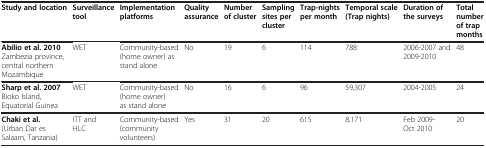
<table><thead><tr><td><b>Study and location</b></td><td><b>Surveillance tool</b></td><td><b>Implementation platforms</b></td><td><b>Quality assurance</b></td><td><b>Number of cluster</b></td><td><b>Sampling sites per cluster</b></td><td><b>Trap-nights per month</b></td><td><b>Temporal scale (Trap nights)</b></td><td><b>Duration of the surveys</b></td><td><b>Total number of trap months</b></td></tr></thead><tbody><tr><td><b>Abilio et al. 2010</b>Zambezia province, central northern Mozambique</td><td>WET</td><td>Community-based (home owner) as stand alone</td><td>No</td><td>19</td><td>6</td><td>114</td><td>788</td><td>2006-2007 and 2009-2010</td><td>48</td></tr><tr><td><b>Sharp et al. 2007</b>Bioko Island, Equatorial Guinea</td><td>WET</td><td>Community-based (home owner) as stand alone</td><td>No</td><td>16</td><td>6</td><td>96</td><td>59,307</td><td>2004-2005</td><td>24</td></tr><tr><td><b>Chaki et al.</b> (Urban Dar es Salaam, Tanzania)</td><td>ITT and HLC</td><td>Community-based (community volunteers)</td><td>Yes</td><td>31</td><td>20</td><td>615</td><td>8,171</td><td>Feb 2009- Oct 2010</td><td>20</td></tr></tbody></table>